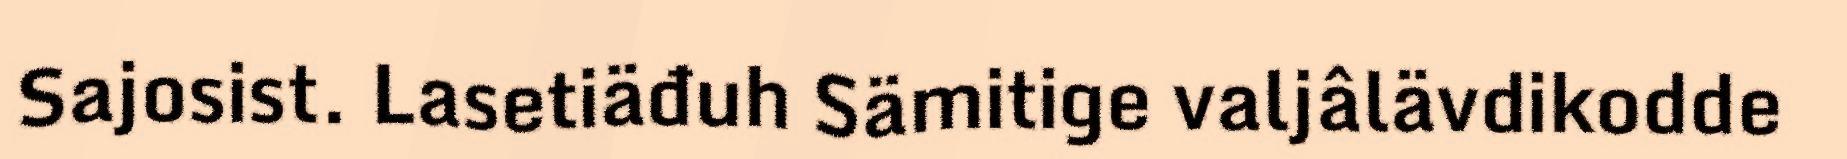
Sajosist. Lasetiäđuh Sämitige valjâlävdikodde